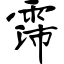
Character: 霈